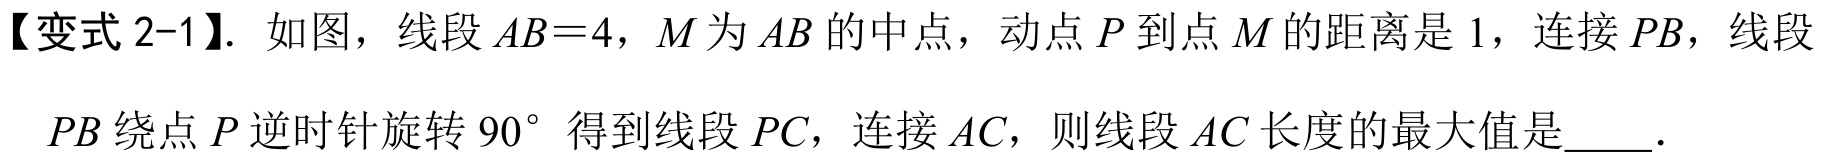
【变式 2-1】. 如图，线段 \(AB = 4\)，\(M\) 为 \(AB\) 的中点，动点 \(P\) 到点 \(M\) 的距离是 \(1\)，连接 \(PB\)，线段
\(PB\) 绕点 \(P\) 逆时针旋转 \(90^{\circ}\) 得到线段 \(PC\)，连接 \(AC\)，则线段 \(AC\) 长度的最大值是  ．